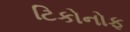
ટિકોનોફ